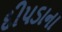
દીપડાના